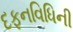
દફનવિધિની